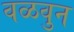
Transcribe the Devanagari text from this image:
वळवुन